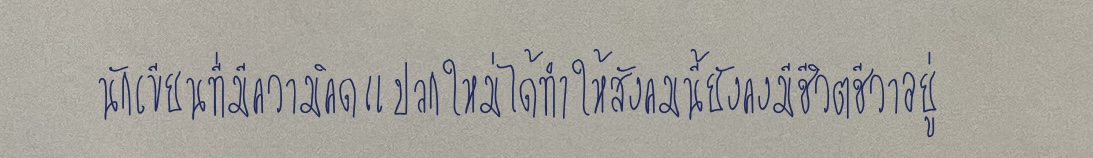
นักเขียนที่มีความคิดแปลกใหม่ได้ทำให้สังคมนี้ยังคงมีชีวิตชีวาอยู่